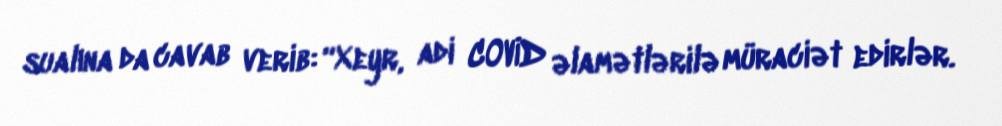
sualına da cavab verib: “Xeyr, adi COVİD əlamətlərilə müraciət edirlər.